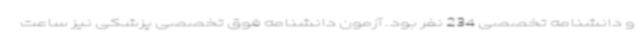
و دانشنامه تخصصی 234 نفر بود. آزمون دانشنامه فوق تخصصی پزشکی نیز ساعت